Annual report of lunatic asylums [Bombay] - 1912-1922
Year: 1912
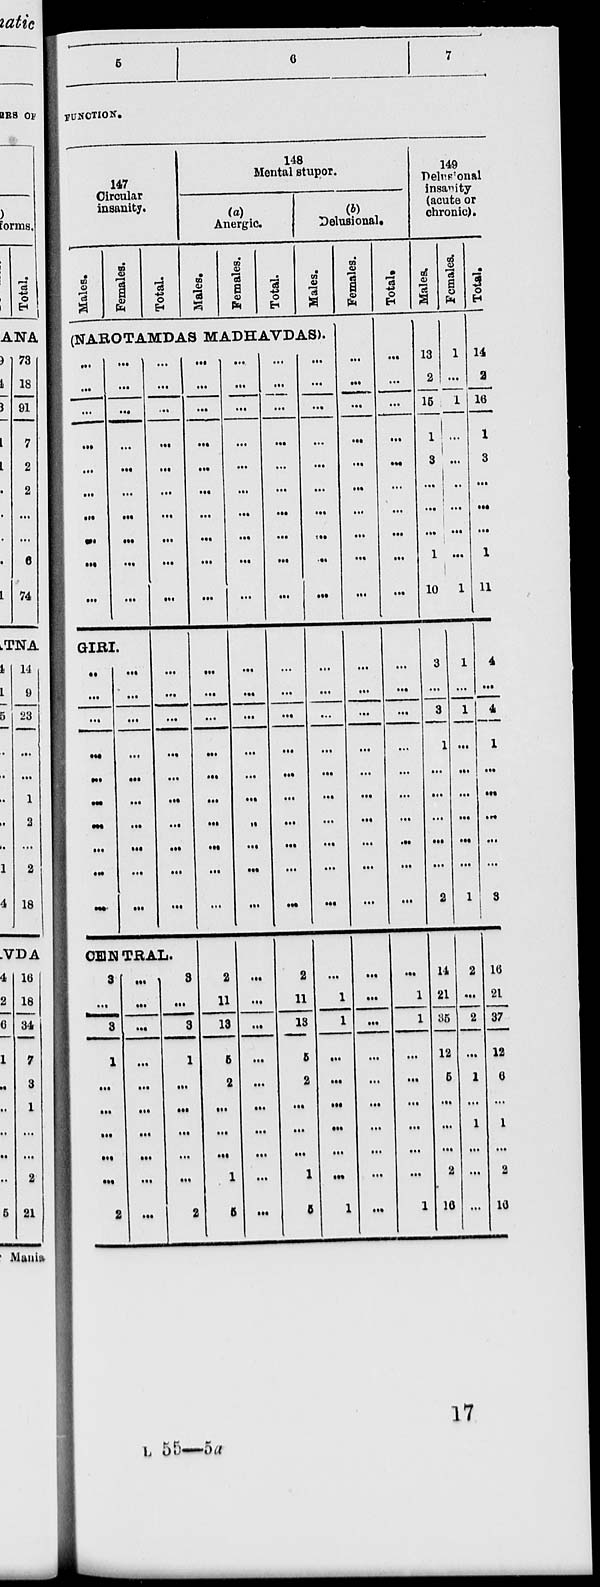
5
6
7
FUNCTION.
147
Circular
insanity.
Males.
Females.
Total.
148
Mental stupor.
(a)
Anergic
Males.
Females.
Total.
(b)
Delusional.
Males.
(NAROTAMDAS MADHAVDAS).
...
...
...
...
...
...
...
...
...
...
...
...
...
...
...
...
...
...
...
...
GIRI.
...
...
...
...
...
...
...
...
...
...
...
...
...
...
...
...
...
...
...
...
...
...
...
...
...
...
...
...
...
...
...
...
...
...
...
...
...
...
...
...
CENTRAL.
3
...
3
1
...
...
...
...
...
2
...
...
...
...
...
...
...
...
...
...
3
...
3
1
...
...
...
...
...
2
...
...
...
...
...
...
...
...
...
...
...
...
...
...
...
...
...
...
...
...
2
11
13
5
2
...
...
...
1
5
...
...
...
...
...
...
...
...
...
...
...
...
...
...
...
...
...
...
...
...
...
...
...
...
...
...
...
...
...
...
...
...
...
...
...
...
...
...
...
...
...
...
...
...
...
...
...
...
...
...
2
11
13
5
2
...
...
...
1
5
...
...
...
...
...
...
...
...
...
...
...
...
...
...
...
...
...
...
...
...
...
1
1
...
...
...
...
...
...
1
Females.
...
...
...
...
...
...
...
...
...
...
...
...
...
...
...
...
...
...
...
...
...
...
...
...
...
...
...
...
...
...
Total.
...
...
...
...
...
...
...
...
...
...
...
...
...
...
...
...
...
...
...
...
...
1
1
...
...
...
...
...
...
1
149
Delusional
insanity
(acute or
chronic).
Males.
13
2
15
1
3
...
...
...
1
10
3
...
3
1
...
...
...
...
...
2
14
21
35
12
5
...
...
...
2
16
Females.
1
...
1
...
...
...
...
...
...
1
1
...
1
...
...
...
...
...
...
1
2
...
2
...
1
...
1
...
...
...
Total.
14
2
16
1
3
...
...
...
1
11
4
...
4
1
...
...
...
...
...
3
16
21
37
12
6
...
1
...
2
16
17
L 55—5a